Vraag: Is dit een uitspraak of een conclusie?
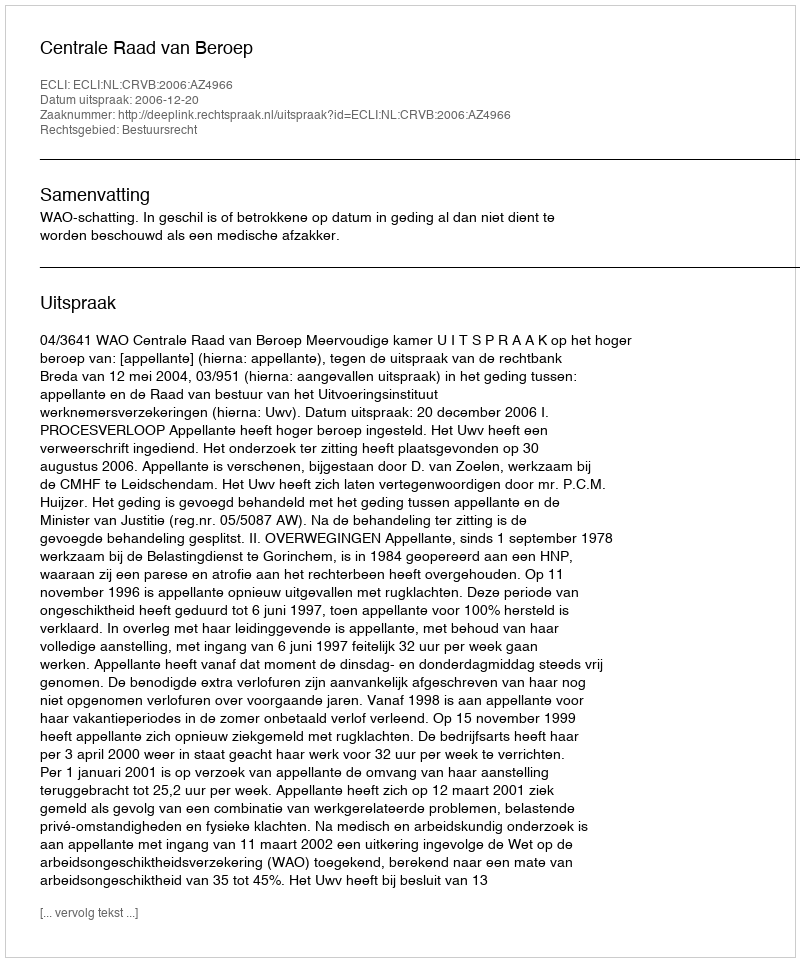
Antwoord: Uitspraak